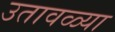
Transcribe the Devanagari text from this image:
उतावळ्या